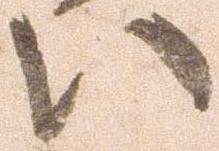
い